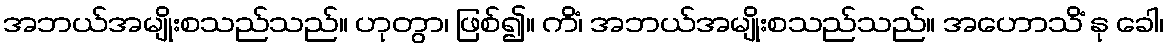
အဘယ်အမျိုးစသည်သည်။ ဟုတွာ၊ ဖြစ်၍။ ကိံ၊ အဘယ်အမျိုးစသည်သည်။ အဟောသိံ နု ခေါ၊